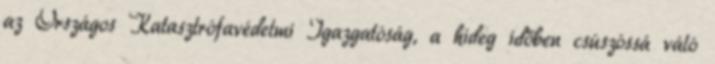
az Országos Katasztrófavédelmi Igazgatóság, a hideg időben csúszóssá váló